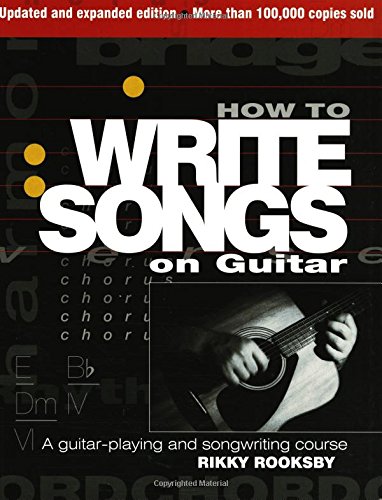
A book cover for How To Write Songs On Guitar - Revised; Rikky Rooksby; Arts & Photography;